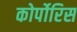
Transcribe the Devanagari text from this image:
कोर्पोरिस